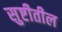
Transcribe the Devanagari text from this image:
सुष्टीतील